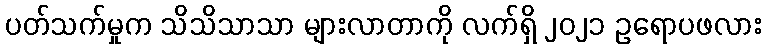
ပတ်သက်မှုက သိသိသာသာ များလာတာကို လက်ရှိ ၂၀၂၁ ဥရောပဖလား